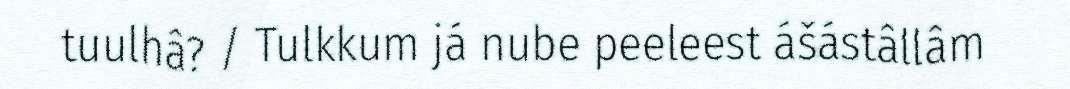
tuulhâ? / Tulkkum já nube peeleest ášástâllâm